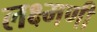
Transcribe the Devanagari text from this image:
लक्ष्मणी